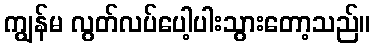
ကျွန်မ လွတ်လပ်ပေါ့ပါးသွားတော့သည်။